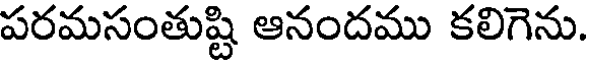
పరమసంతుష్టి ఆనందము కలిగెను.